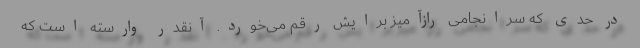
در حدی که سرانجامی رازآمیز برایش رقم می‌خورد. آنقدر وارسته است که